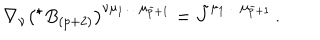
\nabla _ { \nu } \left( { } ^ { \star } B _ { ( p + 2 ) } \right) ^ { \nu \mu _ { 1 } \ldots \mu _ { \tilde { p } + 1 } } = \tilde { J } ^ { \mu _ { 1 } \ldots \mu _ { \tilde { p } + 1 } } \, .